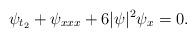
LaTeX: \begin{align*}\psi_{t_2}+\psi_{xxx}+6|\psi|^2\psi_x=0. \end{align*}